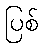
ပြစ်